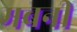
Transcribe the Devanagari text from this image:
मबनी